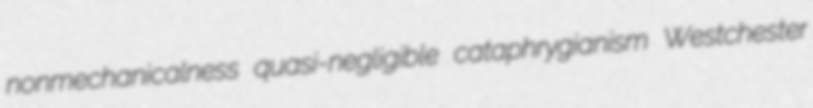
nonmechanicalness quasi-negligible cataphrygianism Westchester